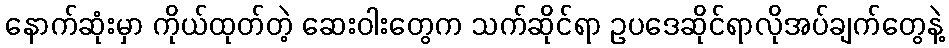
နောက်ဆုံးမှာ ကိုယ်ထုတ်တဲ့ ဆေးဝါးတွေက သက်ဆိုင်ရာ ဥပဒေဆိုင်ရာလိုအပ်ချက်တွေနဲ့